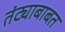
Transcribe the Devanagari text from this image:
तंट्याबाबत